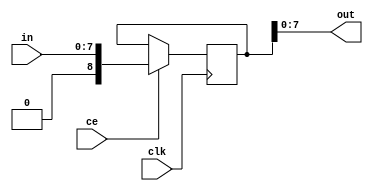
/*
 * This program is free software; you can redistribute it and/or modify
 * it under the terms of the GNU General Public License as published by
 * the Free Software Foundation; either version 2 of the License, or
 * (at your option) any later version.
 * 
 * This program is distributed in the hope that it will be useful,
 * but WITHOUT ANY WARRANTY; without even the implied warranty of
 * MERCHANTABILITY or FITNESS FOR A PARTICULAR PURPOSE.  See the
 * GNU General Public License for more details.
 * 
 * You should have received a copy of the GNU General Public License
 * along with this program; if not, write to the Free Software
 * Foundation, Inc., 51 Franklin Street, Fifth Floor, Boston,
 * MA 02110-1301, USA.
 */
 
`default_nettype none
 
/*
* 8 bit register
*/

module reg8(
	input clk,
	input ce,
	input [7:0] in,
	output [7:0] out);
  
	reg [8:0] register;
	
	initial register = 8'h00;
  
	assign out = register;
  
	always @(posedge clk) begin
		if(ce) begin
			register = in;
		end
	end
endmodule

/*
* Divide a clock enable by a power of 2 (1,2,4 or 8)
*
* divisor:
* 00	- Divide by 1
* 01	- Divide by 2
* 10	- Divide by 4
* 11	- Divide by 8
*/
 
module divby1248(
	input clk,
	input cein,
	input [1:0] divisor,
	output ceout);
	
	
	reg ceoutmux;
	
	reg [2:0] counter;
	
	initial counter = 0;
	
	assign ceout = ceoutmux;
	
	always @(posedge clk) begin
		if(cein)
			counter <= counter + 1;
	end
	
	always @(*) begin
		case(divisor)
			2'b00:
				ceoutmux <= cein;
			2'b01:
				ceoutmux <= cein & counter[0];
			2'b10: 
				ceoutmux <= cein & counter[0] & counter[1];
			2'b11:
				ceoutmux <= cein & counter[0] & counter[1] & counter[2];
			default:
				ceoutmux <= 1'bx;
		endcase
	end
endmodule

/*
* Fixed divide by 2
*/

module fixeddivby2(
	input clk,
	input cein,
	output ceout);

	reg q;
		
	initial q = 0;
	
	assign ceout = cein & q;

	always @(posedge clk) begin
		if(cein)
			q = ~q;
	end
	
endmodule



/*
* Fixed divide by 32 of the system clock
*/

module fixeddivby32(
	input clk,
	input cein,
	output ceout);
	
	reg ceoutreg = 0;
	reg ceoutregs = 0;
	reg [4:0] counter = 0;
	
	assign ceout = ceoutregs;
	
	always @(*) begin
		// Generate a ce every 32 clocks
		if(counter == 31)
			ceoutreg <= cein;
		else
			ceoutreg <= 0;
	end
	
	always @(posedge clk) begin
		// Resynchronize ceout
		ceoutregs <= ceoutreg;
		if(cein)
			counter <= counter + 1;
	end
endmodule

/*
* Fixed divide by 256 of the system clock
*/

module fixeddivby256(
	input clk,
	input cein,
	output ceout);
	
	reg ceoutreg = 0;
	reg ceoutregs = 0;
	reg [7:0] counter = 0;
	
	
	assign ceout = ceoutregs;
	
	always @(*) begin
		// Generate a ce every 256 clocks
		if(counter == 255)
			ceoutreg <= cein;
		else
			ceoutreg <= 0;
	end
	
	always @(posedge clk) begin
		// Resynchronize ceout
		ceoutregs <= ceoutreg;
		if(cein)
			counter <= counter + 1;
	end
endmodule



/*
* Watchdog timer
* Outputs a 1 clock pulse wide clock enable if watchdog timer times out
*/

module wdtimer(
	input clk,
	input cein,
	input enable,
	input wdreset,
	input wdogdis,
	input [7:0] wdogdivreg,
	output wdtripce);
	
	reg [7:0] counter = 0;
	reg wdtripcesreg = 0;
	reg wdtripcereg = 0;
	reg wdogdisreg = 0;
	
	
	assign wdtripce = wdtripcesreg;
	
	always @(*) begin
		if ((wdogdivreg == counter) && ~wdreset && enable && ~wdogdisreg)
			wdtripcereg <= cein;
		else
			wdtripcereg <= 0;
	end
	
	always @(posedge clk) begin
		// Resynchronize wdtripcereg to clock
		wdtripcesreg <= wdtripcereg;
		// Synchronize watchdog disable to clock
		wdogdisreg = wdogdis;
		
		// Only count when enable is high and reset is low, and watchdog disable is low
		if(enable & ~wdreset & ~wdogdisreg) begin
			if(cein)
				counter <= counter + 1;
		end
		else
			counter <= 8'h00;
	end
endmodule

/*
* Watchdog register
*/

		
module wdregister(
	input clk,
	input ctrlld,
	input wdtripce,
	input wdogdis,
	input [7:0] wrtdata,
	output motorenaint,
	output run0,
	output run1,
	output run2,
	output [7:0] controlrdata);
	
	reg motorenaintreg = 0;
	reg wdtrip = 0;
	reg [7:0] controlreg = 0;
	reg [7:0] controlrdatareg;

	
	assign motorenaint = motorenaintreg;
	assign run0 = controlreg[0];
	assign run1 = controlreg[1];
	assign run2 = controlreg[2];
	
	assign controlrdata = controlrdatareg;
	
	always @(*) begin
		// Assemble control register read value
		controlrdatareg <= {wdtrip, wdogdis, 1'b0, 1'b0, controlreg[3:0]};
		// Motor enable
		motorenaintreg <=  ~wdtrip & controlreg[3];
	end
	
	
	always @(posedge clk) begin
		if(ctrlld)
		    // Load new control register value
			controlreg <= wrtdata;
		if(wdtripce)
			// Set watchdog trip bit
			wdtrip <= 1;
		if(ctrlld && ( wrtdata == 8'h80))
			// Clear watchdog trip bit when a 0x80 is written to the control register
			wdtrip <= 0;
	end
endmodule
			
module ledctr(
	input clk,
	input ce,
	output ledalive);
	
	reg [9:0] counter = 0;
	
	assign ledalive = counter[9];
	
	
	always @ (posedge clk) begin
		if(ce)
			counter <= counter + 1;
	end
endmodule

		
		
	
	
	
/*
* Top level module for this file
*/

module control(
	output pwmcntce0,
	output pwmcntce1,
	output pwmcntce2,
	output filterce0,
	output filterce1,
	output filterce2,
	output invphase0,
	output invphase1,
	output invphase2,
	output invertpwm0,
	output invertpwm1,
	output invertpwm2,
	output run0,
	output run1,
	output run2,
	output motorenaint,
	output ledalive,
	output [7:0] controlrdata,
	output [7:0] hwconfig,
	output [7:0] configrdreg0,
	output [7:0] configrdreg1,
	output [7:0] configrdreg2,
	input clk,
	input cfgld0,
	input cfgld1,
	input cfgld2,
	input ctrlld,
	input wdogdivld,
	input tst,
	input wdogdis,
	input wdreset,
	input [7:0] wrtdata);

	
	wire [7:0] configreg0;
	wire [7:0] configreg1;
	wire [7:0] configreg2;
	
	wire [7:0] wdogdivreg;
	wire ce32;
	wire ce64;
	wire ce16384;
	wire cfgce0;
	wire cfgce1;
	wire cfgce2;
	wire wdogdivregce;
	wire wdtripce;
	
	reg wdogcntce;
	
	
	
	
	reg tie1 = 1;
	
	// Assign readback busses
	
	assign configrdreg0 = configreg0;
	assign configrdreg1 = configreg1;
	assign configrdreg2 = configreg2;
	
	
	// Prevent config and watchdog divisor register writes when motor is enabled
	assign cfgce0 = cfgld0 & ~motorenaint;
	assign cfgce1 = cfgld1 & ~motorenaint;
	assign cfgce2 = cfgld2 & ~motorenaint;
	assign wdogdivregce = wdogdivld & ~motorenaint;
	
	// Hardware configuration register
	assign hwconfig = {1'b0,1'b0,2'b11,4'b0000};

	
	always @(*) begin
		if(tst)
			wdogcntce <= ce64;
		else
			wdogcntce <= ce16384;
	end
		
	reg8 wdogdivregister(
		.clk(clk),
		.ce(wdogdivregce),
		.in(wrtdata),
		.out(wdogdivreg));
	
	reg8 configregister0(
		.clk(clk),
		.ce(cfgce0),
		.in(wrtdata),
		.out(configreg0));
		
	reg8 configregister1(
		.clk(clk),
		.ce(cfgce1),
		.in(wrtdata),
		.out(configreg1));
		
	reg8 configregister2(
		.clk(clk),
		.ce(cfgce2),
		.in(wrtdata),
		.out(configreg2));		
		
		
	fixeddivby2 fdiv2(
		.cein(ce32),
		.clk(clk),
		.ceout(ce64));
		
	fixeddivby32 fdiv32(
		.cein(tie1),
		.clk(clk),
		.ceout(ce32));
		
	fixeddivby256 fdiv256(
		.cein(ce64),
		.clk(clk),
		.ceout(ce16384));
		
	divby1248 filterdiv0(
		.clk(clk),
		.cein(ce32),
		.divisor(configreg0[3:2]),
		.ceout(filterce0));
		
	divby1248 pwmdiv0(
		.clk(clk),
		.cein(tie1),
		.divisor(configreg0[1:0]),
		.ceout(pwmcntce0));

	divby1248 filterdiv1(
		.clk(clk),
		.cein(ce32),
		.divisor(configreg1[3:2]),
		.ceout(filterce1));
		
	divby1248 pwmdiv1(
		.clk(clk),
		.cein(tie1),
		.divisor(configreg1[1:0]),
		.ceout(pwmcntce1));		

	divby1248 filterdiv2(
		.clk(clk),
		.cein(ce32),
		.divisor(configreg2[3:2]),
		.ceout(filterce2));
		
	divby1248 pwmdiv2(
		.clk(clk),
		.cein(tie1),
		.divisor(configreg2[1:0]),
		.ceout(pwmcntce2));		
		
	wdtimer wdtimer0(
		.clk(clk),
		.cein(wdogcntce),
		.enable(motorenaint),
		.wdreset(wdreset),
		.wdogdis(wdogdis),
		.wdogdivreg(wdogdivreg),
		.wdtripce(wdtripce));
	
	
	wdregister wdreg0(
		.clk(clk),
		.ctrlld(ctrlld),
		.wdtripce(wdtripce),
		.wdogdis(wdogdis),
		.wrtdata(wrtdata),
		.run0(run0),
		.run1(run1),
		.run2(run2),
		.motorenaint(motorenaint),
		.controlrdata(controlrdata));
	
	
	ledctr ledctr0(
		.clk(clk),
		.ce(ce16384),
		.ledalive(ledalive));
		
	assign invphase0 = configreg0[5];
	assign invertpwm0 = configreg0[4];
	assign invphase1 = configreg1[5];
	assign invertpwm1 = configreg1[4];
	assign invphase2 = configreg2[5];
	assign invertpwm2 = configreg2[4];

	
endmodule